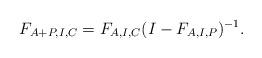
LaTeX: \begin{align*}F_{A+P,I,C}= F_{A,I,C}(I-F_{A,I,P})^{-1}.\end{align*}